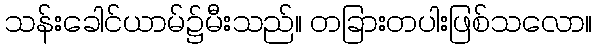
သန်းခေါင်ယာမ်၌မီးသည်။ တခြားတပါးဖြစ်သလော။